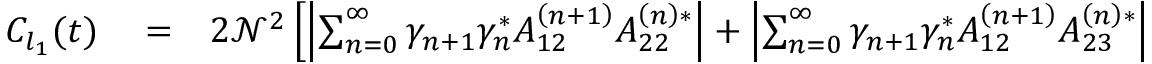
\begin{array} { r l r } { C _ { l _ { 1 } } ( t ) } & { { } = } & { 2 \mathcal { N } ^ { 2 } \left[ \left| \sum _ { n = 0 } ^ { \infty } \gamma _ { n + 1 } \gamma _ { n } ^ { * } A _ { 1 2 } ^ { \left( n + 1 \right) } A _ { 2 2 } ^ { \left( n \right) * } \right| + \left| \sum _ { n = 0 } ^ { \infty } \gamma _ { n + 1 } \gamma _ { n } ^ { * } A _ { 1 2 } ^ { \left( n + 1 \right) } A _ { 2 3 } ^ { \left( n \right) * } \right| \right. } \end{array}